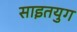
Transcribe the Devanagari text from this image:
साइतयुग